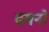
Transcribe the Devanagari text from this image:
दमनों